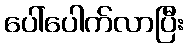
ပေါ်ပေါက်လာပြီး